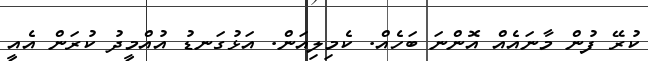
ކުރޭ ފުން މާނައެއް އޮންނަ ބަހެއް. ކެމިލިއަން. އަޅުގަނޑު އުއްމީދު ކުރަން އެއީ